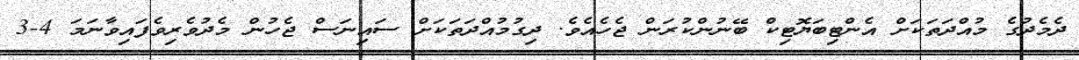
ދެމެދުގެ މުއްދަތަކަށް އެންޓިބަޔޮޓިކް ބޭނުންކުރަން ޖެހެއެވެ. ދިގުމުއްދަތަކަށް ސައިނަސް ޖެހުން މެދުވެރިވެފައިވާނަމަ 4-3